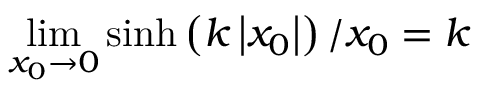
\operatorname* { l i m } _ { x _ { 0 } \to 0 } \sinh \left( k \left| x _ { 0 } \right| \right) / x _ { 0 } = k